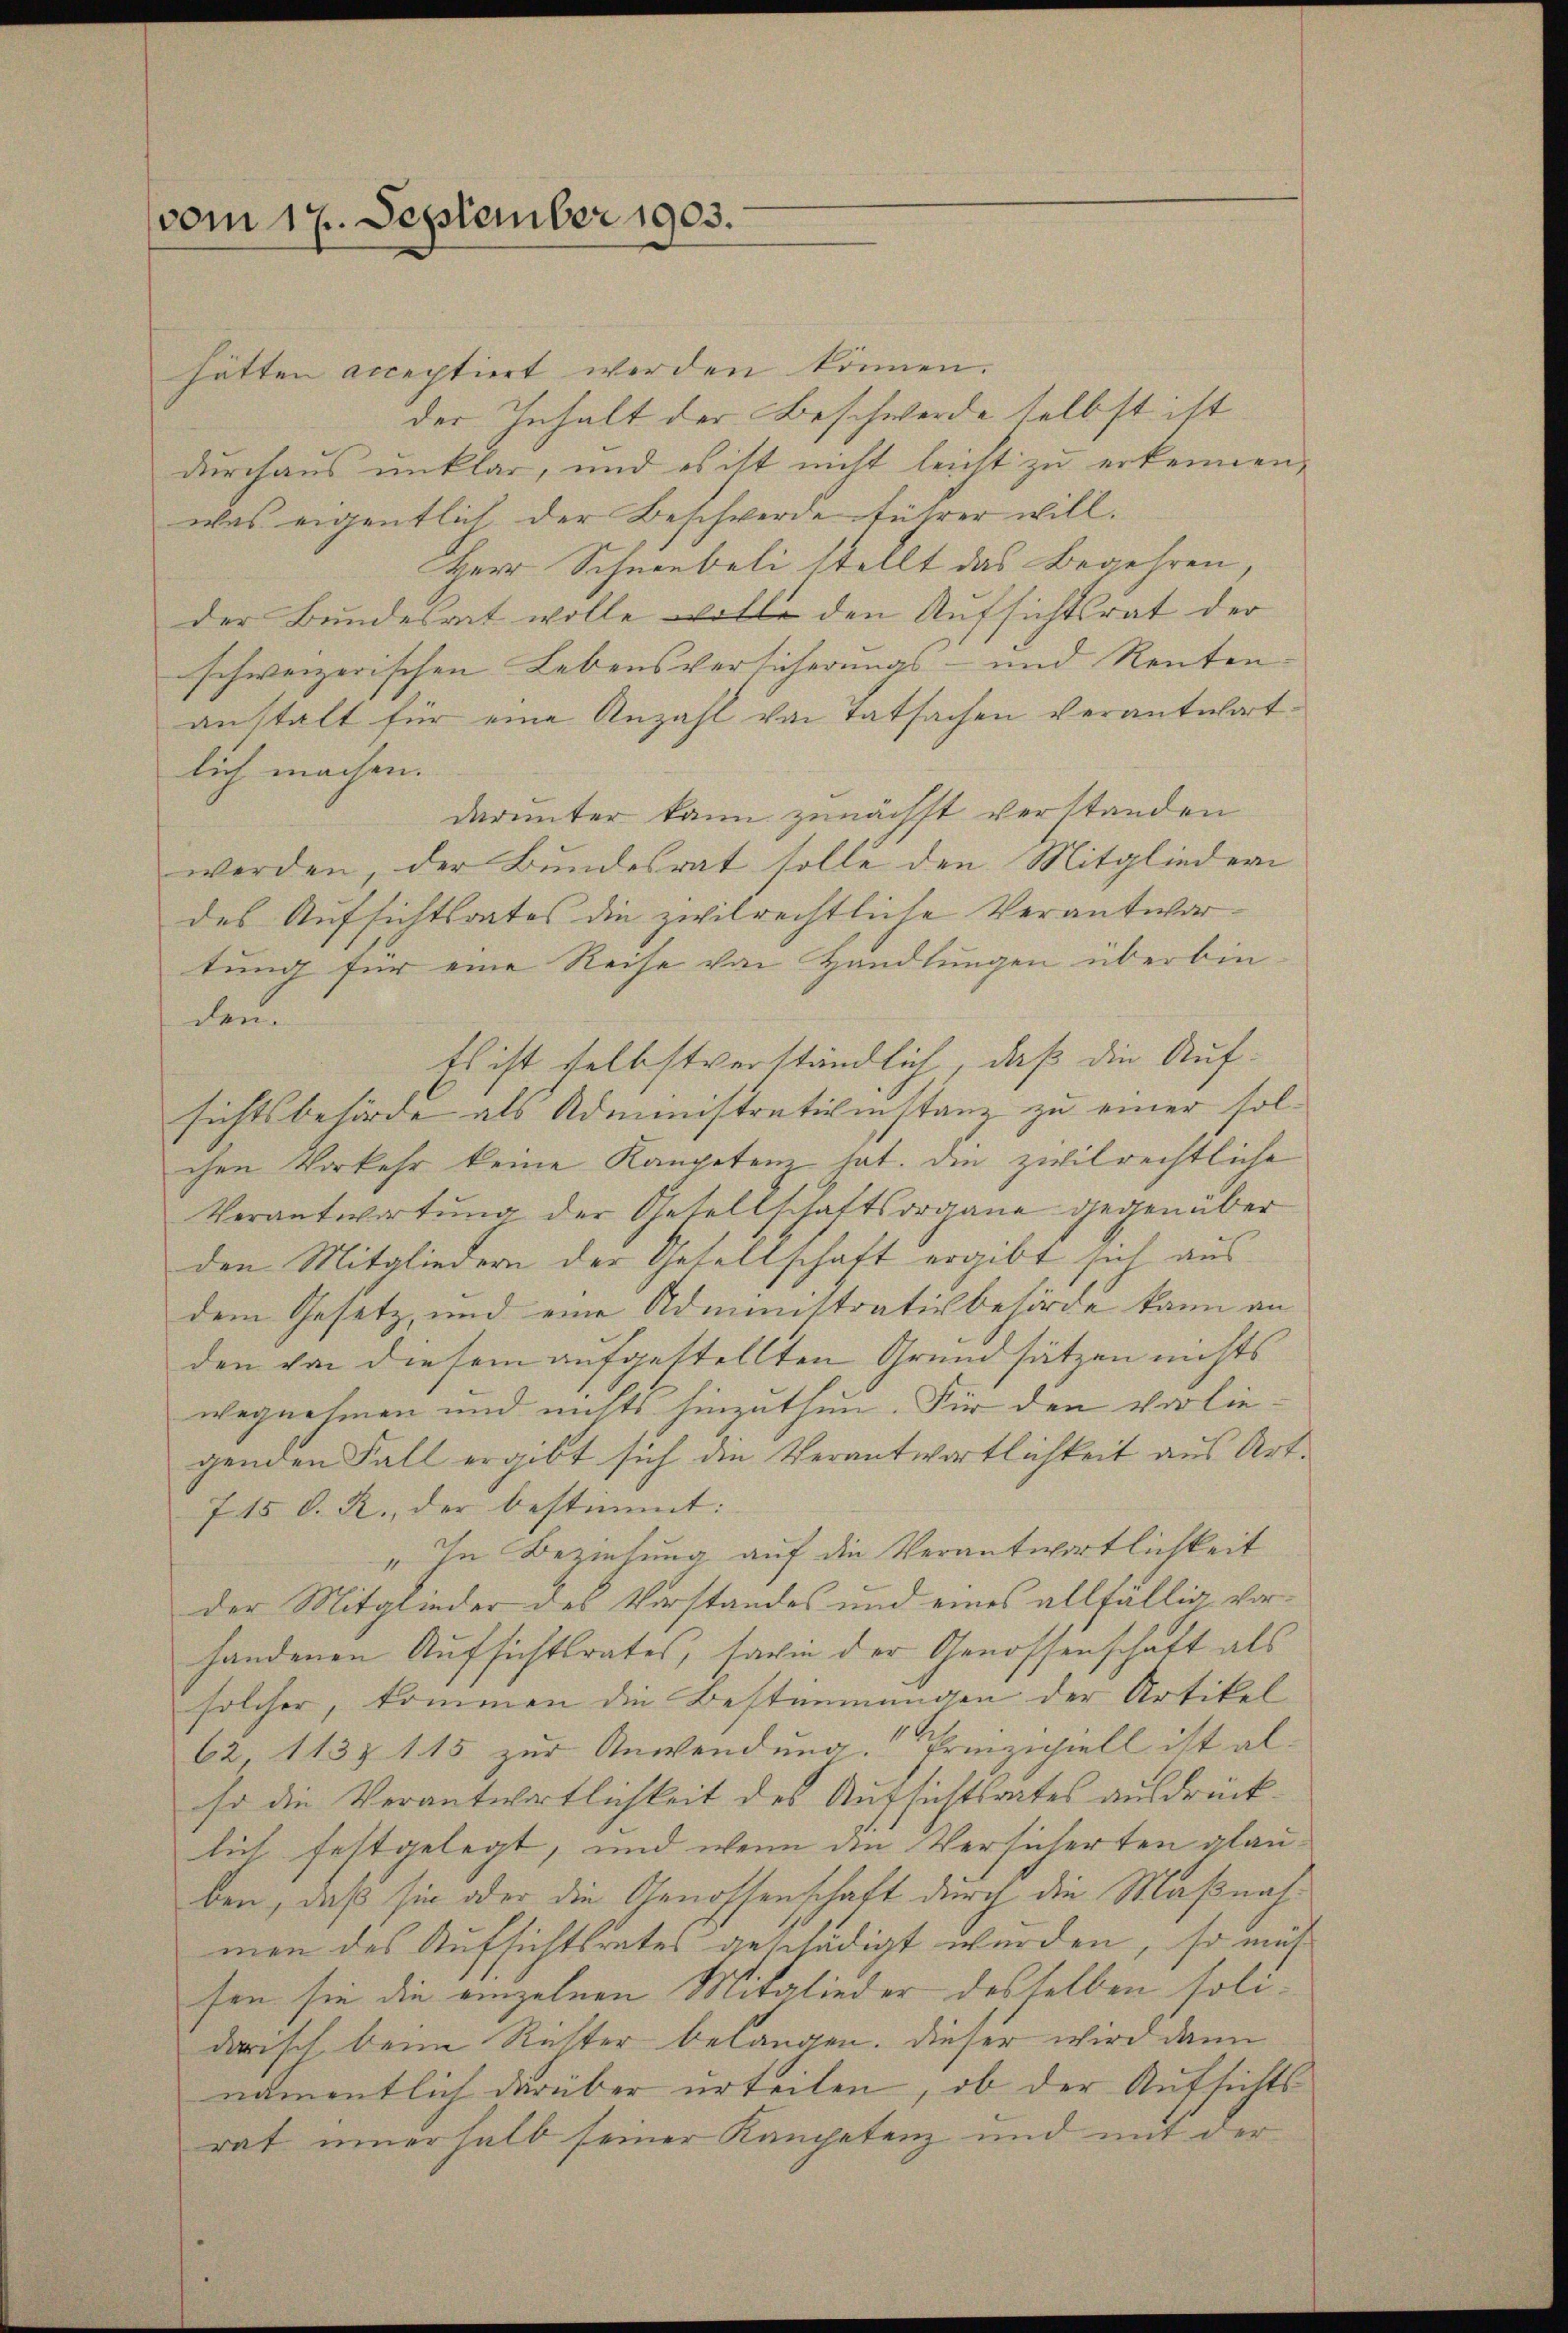
vom 17. September 1903.

hätten acceptiert werden können.
der Inhalt der Beschwerde selbst ist
durchaus unklar, und es ist nicht leicht zu erkennen,
was eigentlich der Beschwerde führer will.
Herr Schneebeli stellt das Begehren,
der Bundesrat wolle wolle den Aufsichtsrat der
schweizerischen Lebensversicherungs- und Renten
anstalt für eine Anzahl von Tatsachen Verantwortlich machen.
darunter kann zunächst verstanden
werden, der Bundesrat solle den Mitgliedern
des Aufsichtsrates die zivilrechtliche Verantwortung für eine Reise von Handlungen überbin
den
Es ist selbstverständlich, daß die Auf-
sichtsbehörde als Administrativenstanz zu einer solchen Vorkehr keine Kompetenz hat. Die zivilrechtliche
Verantwortŭng der Gesellschaftsorgane gegenüber
den Mitgliedern der Gesellschaft ergibt sich aus
dem Gesetz, und eine Administrativbehörde kann an
den von diesem aufgestellten Grundsätzen nichts
wegnehmen und nichts hinzuthun. Für den vorliegenden Fall ergibt sich die Verantwortlichkeit aus Art.
745 d. R., der bestimmt:
„In Beziehung auf die Verantwortlichkeit
der Mitglieder des Vorstandes und eines allfällig vorhandenen Aufsichtsrates, sagen der Genossenschaft als
solcher, kommen die Bestimmungen der Artikel
62, 1137 115 zur Anwendung. Prinzipiell ist also die Verantwortlichkeit des Aufsichtsrates ausdrücklich festgelegt, und wenn die Versicherten glauben, daß sie oder die Genossenschaft durch die Maßnalmen des Aufsichtsrates geschädigt werden, so müs
sen sie die einzelnen Mitglieder desselben solidarisch beim Richter belangen. Dieser wird dann
namentlich darüber urteilen, ob der Aufsichtsrat innerhalb seiner Kanchetenz und mit der

.